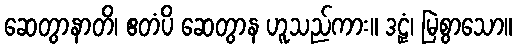
ဆေတွာနာတိ၊ ဧတံပိ ဆေတွာန ဟူသည်ကား။ ဒဠှံ၊ မြဲစွာသော။